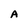
Character: A